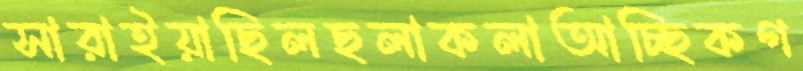
সারাইয়াছিলছলাকলাআচ্ছিকগ